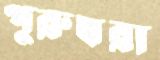
পুরুষরা